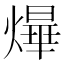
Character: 㷸